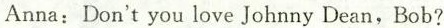
Anna: Don't you love Johnny Dean, Bob?